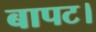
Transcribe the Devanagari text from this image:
बापट।